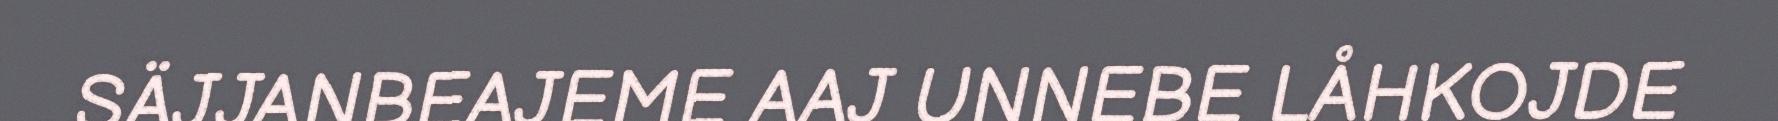
SÄJJANBEAJEME AAJ UNNEBE LÅHKOJDE